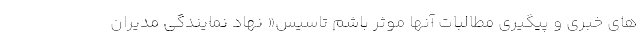
های خبری و پیگیری مطالبات آنها موثر باشم تاسیس« نهاد نمایندگی مدیران